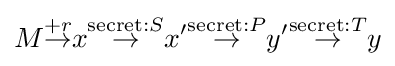
M{\overset {+r}{\to }}x{\overset {{\text{secret}}:S}{\to }}x'{\overset {{\text{secret}}:P}{\to }}y'{\overset {{\text{secret}}:T}{\to }}y